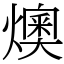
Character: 燠